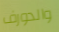
والدورف